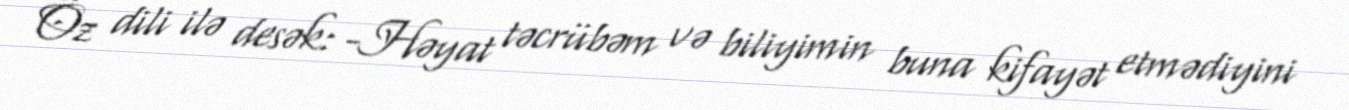
Öz dili ilə desək: -Həyat təcrübəm və biliyimin buna kifayət etmədiyini